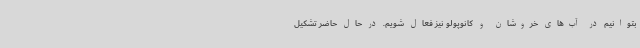
بتوانیم در آب‌های خروشان و کانوپولو نیز فعال شویم. در حال حاضر تشکیل